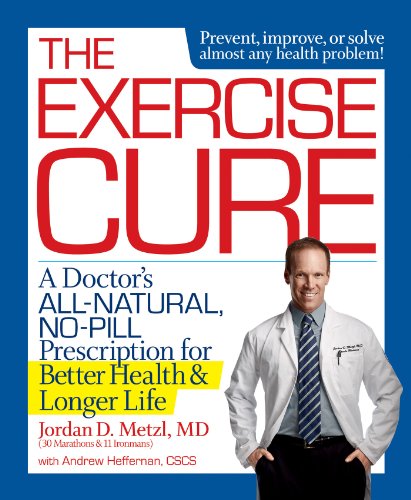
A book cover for The Exercise Cure: A Doctor's All-Natural, No-Pill Prescription for Better Health and Longer Life; Jordan Metzl; Health, Fitness & Dieting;